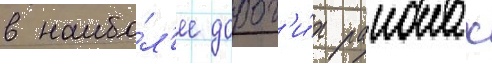
в наибо́л'ее дорог'и́х раионах